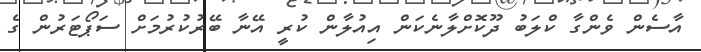
އާސެން ވެންގާ ކްލަބު ދޫކޮށްލާނެކަން އިއުލާން ކުރީ އޭނާ ބޭރުކުރުމަށް ސަޕޯޓަރުން ގެ